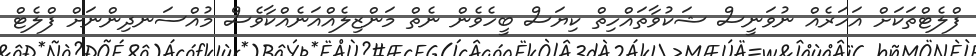
ފްލެޓްތަކަށް އަހަރެއް ނުވަނީސް ޝަކުވާތައްހިތް ކިޔަސް ބީހެވެން ނެތް މަންޒިލެއްއަނެއްކާވެސް މުއްސަނދިންނަށް ފްލެޓް